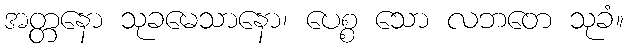
အတ္တနော သုခမေသာနော၊ ပေစ္စ သော လဘတေ သုခံ။